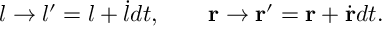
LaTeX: l \to l ^ { \prime } = l + { \dot { l } } d t , \qquad { \bf r } \to { \bf r } ^ { \prime } = { \bf r } + \dot { \bf r } d t .